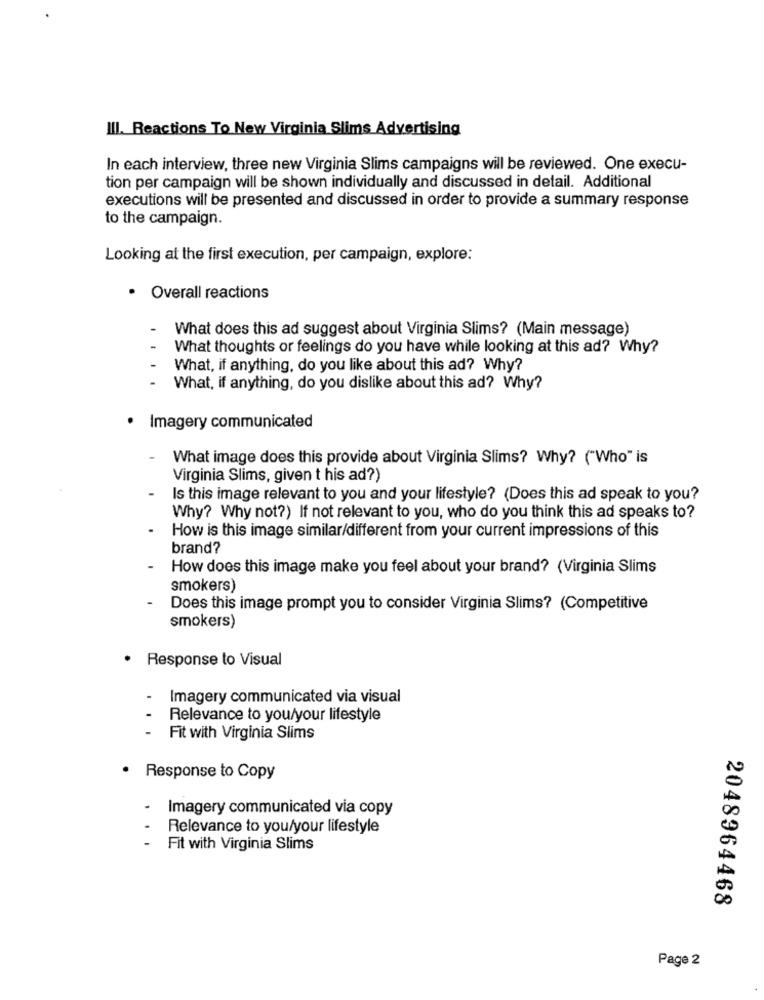
III. Reactions To New Virginia Slims Advertising
In each interview, three new Virginia Slims campaigns will be reviewed. One execu-
tion per campaign will be shown individually and discussed in detail. Additional
executions will be presented and discussed in order to provide a summary response
to the campaign.
Looking at the first execution, per campaign, explore:
· Overall reactions
-
What does this ad suggest about Virginia Slims? (Main message)
What thoughts or feelings do you have while looking at this ad? Why?
What, if anything, do you like about this ad? Why?
What, if anything, do you dislike about this ad? Why?
Imagery communicated
What image does this provide about Virginia Slims? Why? ("Who" is
Virginia Slims, given t his ad?)
Is this image relevant to you and your lifestyle? (Does this ad speak to you?
Why? Why not?) If not relevant to you, who do you think this ad speaks to?
How is this image similar/different from your current impressions of this
brand?
How does this image make you feel about your brand? (Virginia Slims
smokers)
Does this image prompt you to consider Virginia Slims? (Competitive
smokers)
· Response to Visual
Imagery communicated via visual
Relevance to you/your lifestyle
Fit with Virginia Slims
Response to Copy
-
Imagery communicated via copy
Relevance to you/your lifestyle
Fit with Virginia Slims
2048964468
Page 2